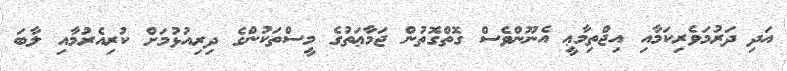
އަދި ދަރުމަވެރިކަމާއި އިޖްތިމާޢީ އެނޫންވެސް ގޮތްގޮތުން ޖަމާޢަތުގެ މީސްތަކުންގެ ދިރިއުޅުމަށް ކުރިއެރުމާއި ލާބަ